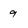
Character: 9